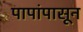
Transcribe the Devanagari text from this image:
पापांपासून